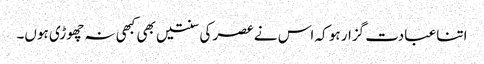
اتنا عبادت گزار ہو کہ اس نے عصر کی سنتیں بھی کبھی نہ چھوڑی ہوں۔